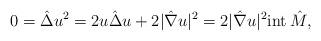
LaTeX: \begin{align*}0=\hat \Delta u^2 = 2 u \hat \Delta u + 2 |\hat \nabla u|^2 = 2 |\hat \nabla u|^2 \mathrm{int} \, \hat{M},\end{align*}